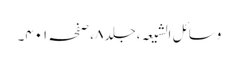
وسائل الشیعہ ،جلد٨ ،صفحہ ٤٠١۔